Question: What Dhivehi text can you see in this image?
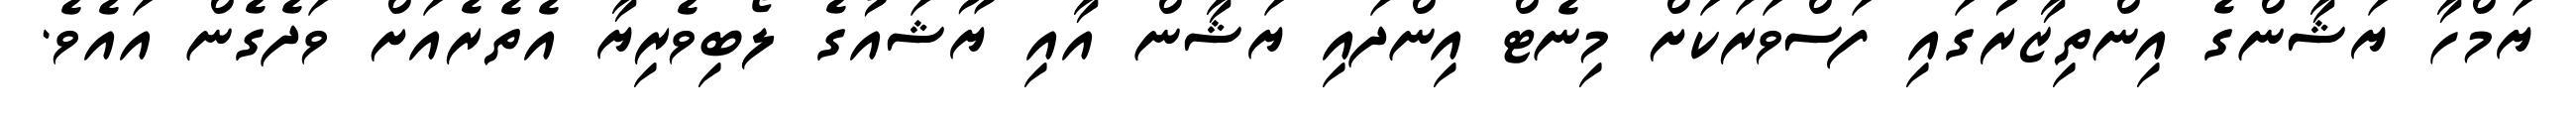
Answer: ޔަމްހާ ޔަޝާންގެ އިންތިޒާރުގައި ފަސްވަރަކަށް މިނެޓް އިންދައި ޔަޝާން އާއި ޔޫޝައުގެ ލޯބިވެރިޔާ އެތެރެއަށް ވަދެގެން އައެވެ.